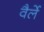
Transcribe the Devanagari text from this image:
वैर्ले